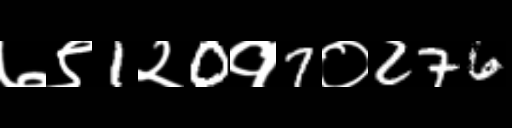
Text: ७९1२0१7०276